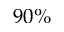
9 0 \%